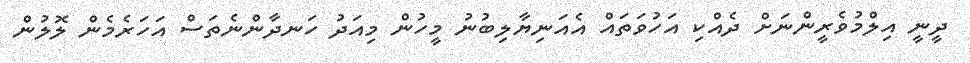
ދީނީ އިލްމުވެރީންނަށް ދެއްކި އަހުވަތައް އެއަނިޔާލިބުނު މީހުން މިއަދު ހަނދާންނެތަސް އަހަރެމެން ލޮލުން